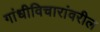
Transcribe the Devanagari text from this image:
गांधीविचारांवरील